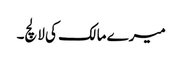
میرے مالک کی لالچ۔